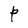
Character: P